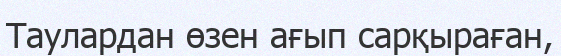
Таулардан өзен ағып сарқыраған,